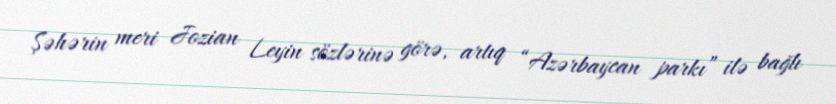
Şəhərin meri Jozian Leyin sözlərinə görə, artıq “Azərbaycan parkı” ilə bağlı